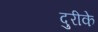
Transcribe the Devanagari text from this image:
दुरीके